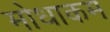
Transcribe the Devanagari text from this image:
मोधाकम